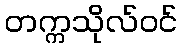
တက္ကသိုလ်ဝင်